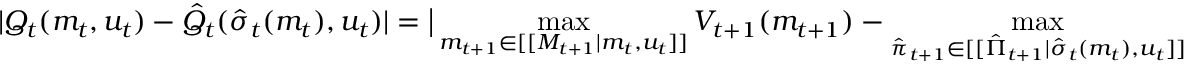
| Q _ { t } ( m _ { t } , u _ { t } ) - \hat { Q } _ { t } ( \hat { \sigma } _ { t } ( m _ { t } ) , u _ { t } ) | = \big | \operatorname* { m a x } _ { m _ { t + 1 } \in [ [ M _ { t + 1 } | m _ { t } , u _ { t } ] ] } V _ { t + 1 } ( m _ { t + 1 } ) - \operatorname* { m a x } _ { \hat { \pi } _ { t + 1 } \in [ [ \hat { \Pi } _ { t + 1 } | \hat { \sigma } _ { t } ( m _ { t } ) , u _ { t } ] ] }